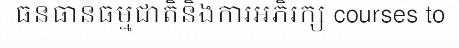
ធនធានធម្មជាតិនិងការអភិរក្ស courses to